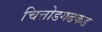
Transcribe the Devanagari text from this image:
चित्तोडगढकडे